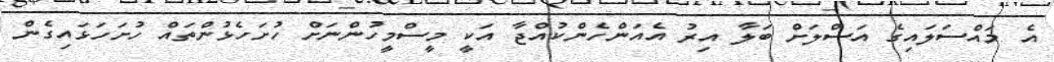
އެ މައްސަލައިގެ އަސްލަށް ބަލާ އިރު އެއަންހެންކުއްޖާ އަކީ މީސްމީހުންނަށް ހުށަހެޅުންތައް ހުށަހަޅައިގެން